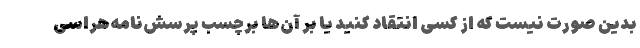
بدین صورت نیست که از کسی انتقاد کنید یا بر آن‌ها برچسب پرسش‌نامه‌هراسی